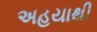
અહયાથી